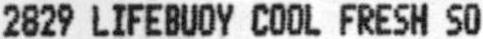
2829 LIFEBUOY COOL FRESH SO